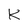
Character: K